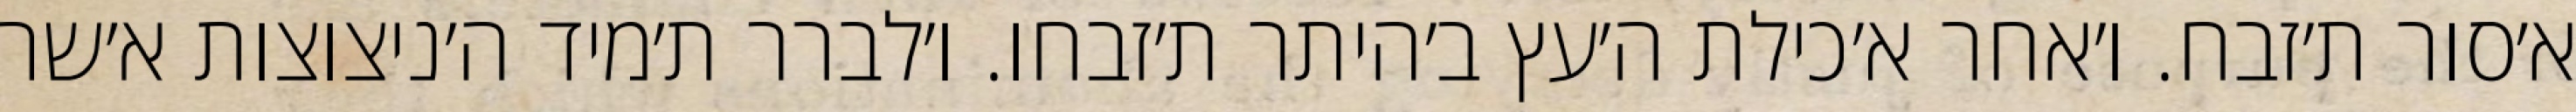
א׳סור ת׳זבח. ו׳אחר א׳כילת ה׳עץ ב׳היתר ת׳זבחו. ו׳לברר ת׳מיד ה׳ניצוצות א׳שר